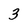
Character: 3